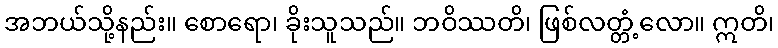
အဘယ်သို့နည်း။ စောရော၊ ခိုးသူသည်။ ဘဝိဿတိ၊ ဖြစ်လတ္တံ့လော။ ဣတိ၊